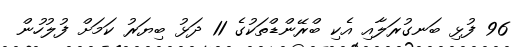
96 ފުޅި ބަނގުރަލާއި އެކި ބްރޭންޑްތަކުގެ 11 ދަޅު ބިޔަރު ކަމަށް ފުލުހުން